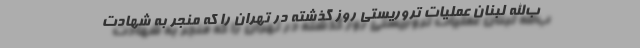
ب‌الله لبنان عملیات تروریستی روز گذشته در تهران را که منجر به شهادت